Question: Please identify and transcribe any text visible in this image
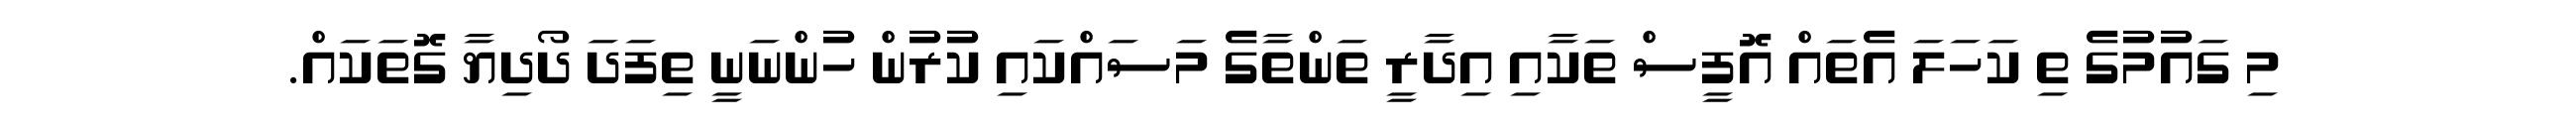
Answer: މި ގައުމުގެ ތި ކަހަލަ އެތައް އޮފީސް ތަކާއި އިދާރީ ތަންތާގެ މަސައްކައި ކުރުން ހުންނަނީ ތިފަދަ ދޯދިޔާ ގޮތަކައް.